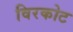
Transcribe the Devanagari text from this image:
विरकोट